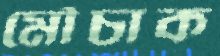
মৌচাক